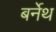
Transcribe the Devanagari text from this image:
बर्नेथ